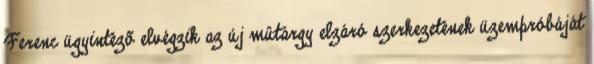
Ferenc ügyintézõ elvégzik az új mûtárgy elzáró szerkezetének üzempróbáját